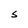
Character: S